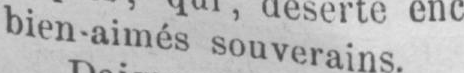
bien-aimés souverains.